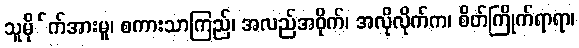
သူမို်က်အားမူ၊ စကားသာကြည်၊ အလည်အဝိုက်၊ အလိုလိုက်က၊ စိတ်ကြိုက်ရာရာ၊